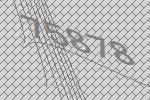
75878